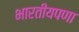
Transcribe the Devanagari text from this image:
भारतीयपणा